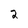
Character: 2